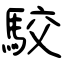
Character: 駮